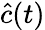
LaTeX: \widehat{c}(t)